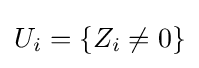
U_{i}=\{Z_{i}\neq 0\}